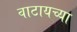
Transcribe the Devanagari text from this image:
वाटायच्या